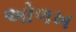
અોળખ